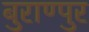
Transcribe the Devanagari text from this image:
बुराण्पुर